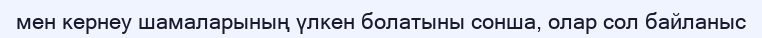
мен кернеу шамаларының үлкен болатыны сонша, олар сол байланыс